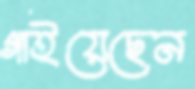
গাইয়েছেন